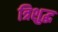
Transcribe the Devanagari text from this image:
त्रिशुद्ध